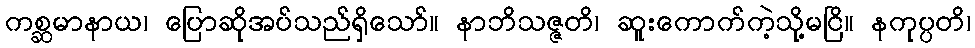
ကစ္ဆမာနာယ၊ ပြောဆိုအပ်သည်ရှိသော်။ နာဘိသဇ္ဇတိ၊ ဆူးကောက်ကဲ့သို့မငြိ။ နကုပ္ပတိ၊